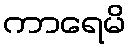
ကာရေမိ